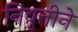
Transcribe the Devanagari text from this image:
निवृत्तीने